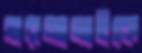
ঘরজামাইকে